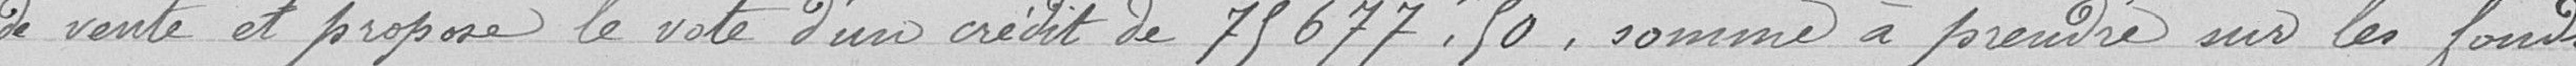
de vente et propose le vote d'un crédit de 75677,50 francs, somme à prendre sur les fonds